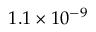
1 . 1 \times 1 0 ^ { - 9 }